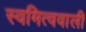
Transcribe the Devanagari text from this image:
स्वमित्ववाली